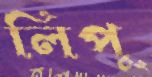
লিপু